Indian journal of veterinary science and animal husbandry - Volumes 18-21, 1948-1951
Year: 1948
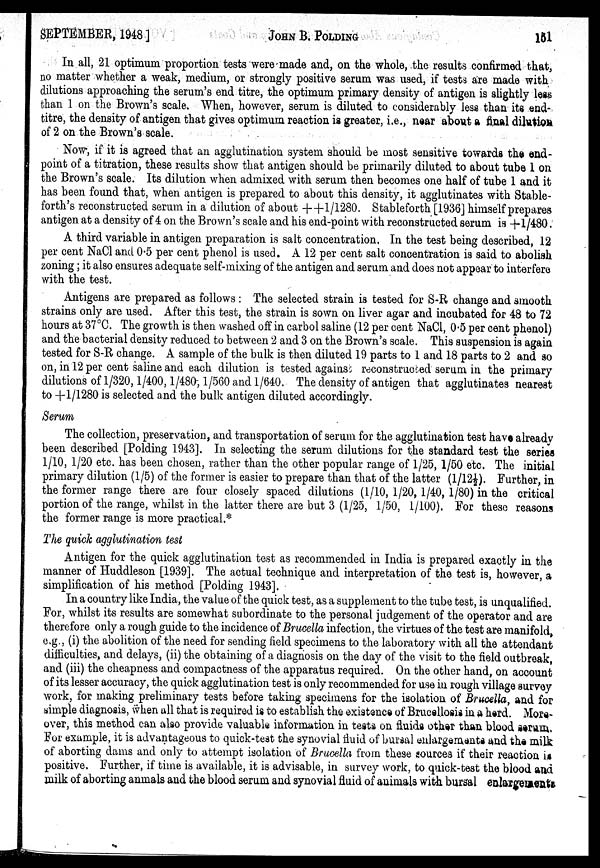
SEPTEMBER, 1948]
JOHN
B.
POLDING
151
In all, 21 optimum proportion tests were made and, on the whole, the results confirmed that,
no matter whether a weak, medium, or strongly positive serum was used, if tests are made with
dilutions approaching the serum's end titre, the optimum primary density of antigen is slightly less
than 1 on the Brown's scale. When, however, serum is diluted to considerably less than its end-
titre, the density of antigen that gives optimum reaction is greater, i.e., near about a final dilution
of 2 on the Brown's scale.
Now, if it is agreed that an agglutination system should be most sensitive towards the end-
point of a titration, these results show that antigen should be primarily diluted to about tube 1 on
the Brown's scale. Its dilution when admixed with serum then becomes one half of tube 1 and it
has been found that, when antigen is prepared to about this density, it agglutinates with Stable-
forth's reconstructed serum in a dilution of about ++1/1280. Stableforth [1936] himself prepares
antigen at a density of 4 on the Brown's scale and his end-point with reconstructed serum is +1/480.
A third variable in antigen preparation is salt concentration. In the test being described, 12
per cent NaCl and 0.5 per cent phenol is used. A 12 per cent salt concentration is said to abolish
zoning; it also ensures adequate self-mixing of the antigen and serum and does not appear to interfere
with the test.
Antigens are prepared as follows : The selected strain is tested for S-R change and smooth
strains only are used. After this test, the strain is sown on liver agar and incubated for 48 to 72
hours at 37°C. The growth is then washed off in carbol saline (12 per cent NaCl, 0.5 per cent phenol)
and the bacterial density reduced to between 2 and 3 on the Brown's scale. This suspension is again
tested for S-R change. A sample of the bulk is then diluted 19 parts to 1 and 18 parts to 2 and so
on, in 12 per cent saline and each dilution is tested against reconstructed serum in the primary
dilutions of 1/320, 1/400, 1/480, 1/560 and 1/640. The density of antigen that agglutinates nearest
to +1/1280 is selected and the bulk antigen diluted accordingly.
Serum
The collection, preservation, and transportation of serum for the agglutination test have already
been described [Polding 1943]. In selecting the serum dilutions for the standard test the series
1/10, 1/20 etc. has been chosen, rather than the other popular range of 1/25, 1/50 etc. The initial
primary dilution (1/5) of the former is easier to prepare than that of the latter (1/12½). Further, in
the former range there are four closely spaced dilutions (1/10, 1/20, 1/40, 1/80) in the critical
portion of the range, whilst in the latter there are but 3 (1/25, 1/50, 1/100). For these reasons
the former range is more practical.*
The quick agglutination test
Antigen for the quick agglutination test as recommended in India is prepared exactly in the
manner of Huddleson [1939]. The actual technique and interpretation of the test is, however, a
simplification of his method [Polding 1943].
In a country like India, the value of the quick test, as a supplement to the tube test, is unqualified.
For, whilst its results are somewhat subordinate to the personal judgement of the operator and are
therefore only a rough guide to the incidence of Brucella infection, the virtues of the test are manifold,
e.g., (i) the abolition of the need for sending field specimens to the laboratory with all the attendant
difficulties, and delays, (ii) the obtaining of a diagnosis on the day of the visit to the field outbreak,
and (iii) the cheapness and compactness of the apparatus required. On the other hand, on account
of its lesser accuracy, the quick agglutination test is only recommended for use in rough village survey
work, for making preliminary tests before taking specimens for the isolation of Brucella, and for
simple diagnosis, when all that is required is to establish the existence of Brucellosis in a herd. More-
over, this method can also provide valuable information in tests on fluids other than blood serum.
For example, it is advantageous to quick-test the synovial fluid of bursal enlargements and the milk
of aborting dams and only to attempt isolation of Brucella from these sources if their reaction is
positive. Further, if time is available, it is advisable, in survey work, to quick-test the blood and
milk of aborting anmals and the blood serum and synovial fluid of animals with bursal enlargements